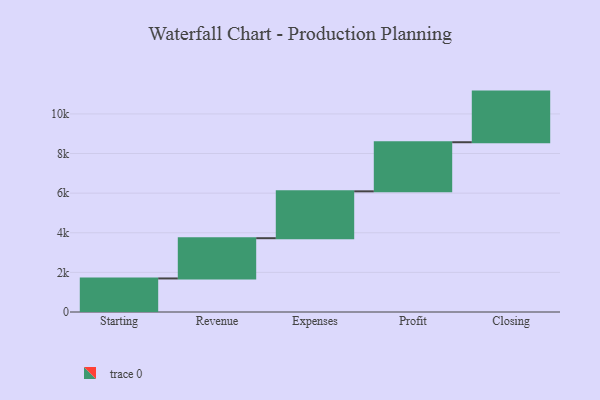
{"axis": {"x": "Step", "y": "Value"}, "legend": [""], "data": [{"x": "Starting", "y": 1694.0, "type": ""}, {"x": "Revenue", "y": 2032.0, "type": ""}, {"x": "Expenses", "y": 2366.0, "type": ""}, {"x": "Profit", "y": 2479.0, "type": ""}, {"x": "Closing", "y": 2556.0, "type": ""}]}